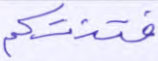
فتنتكم